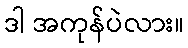
ဒါ အကုန်ပဲလား။